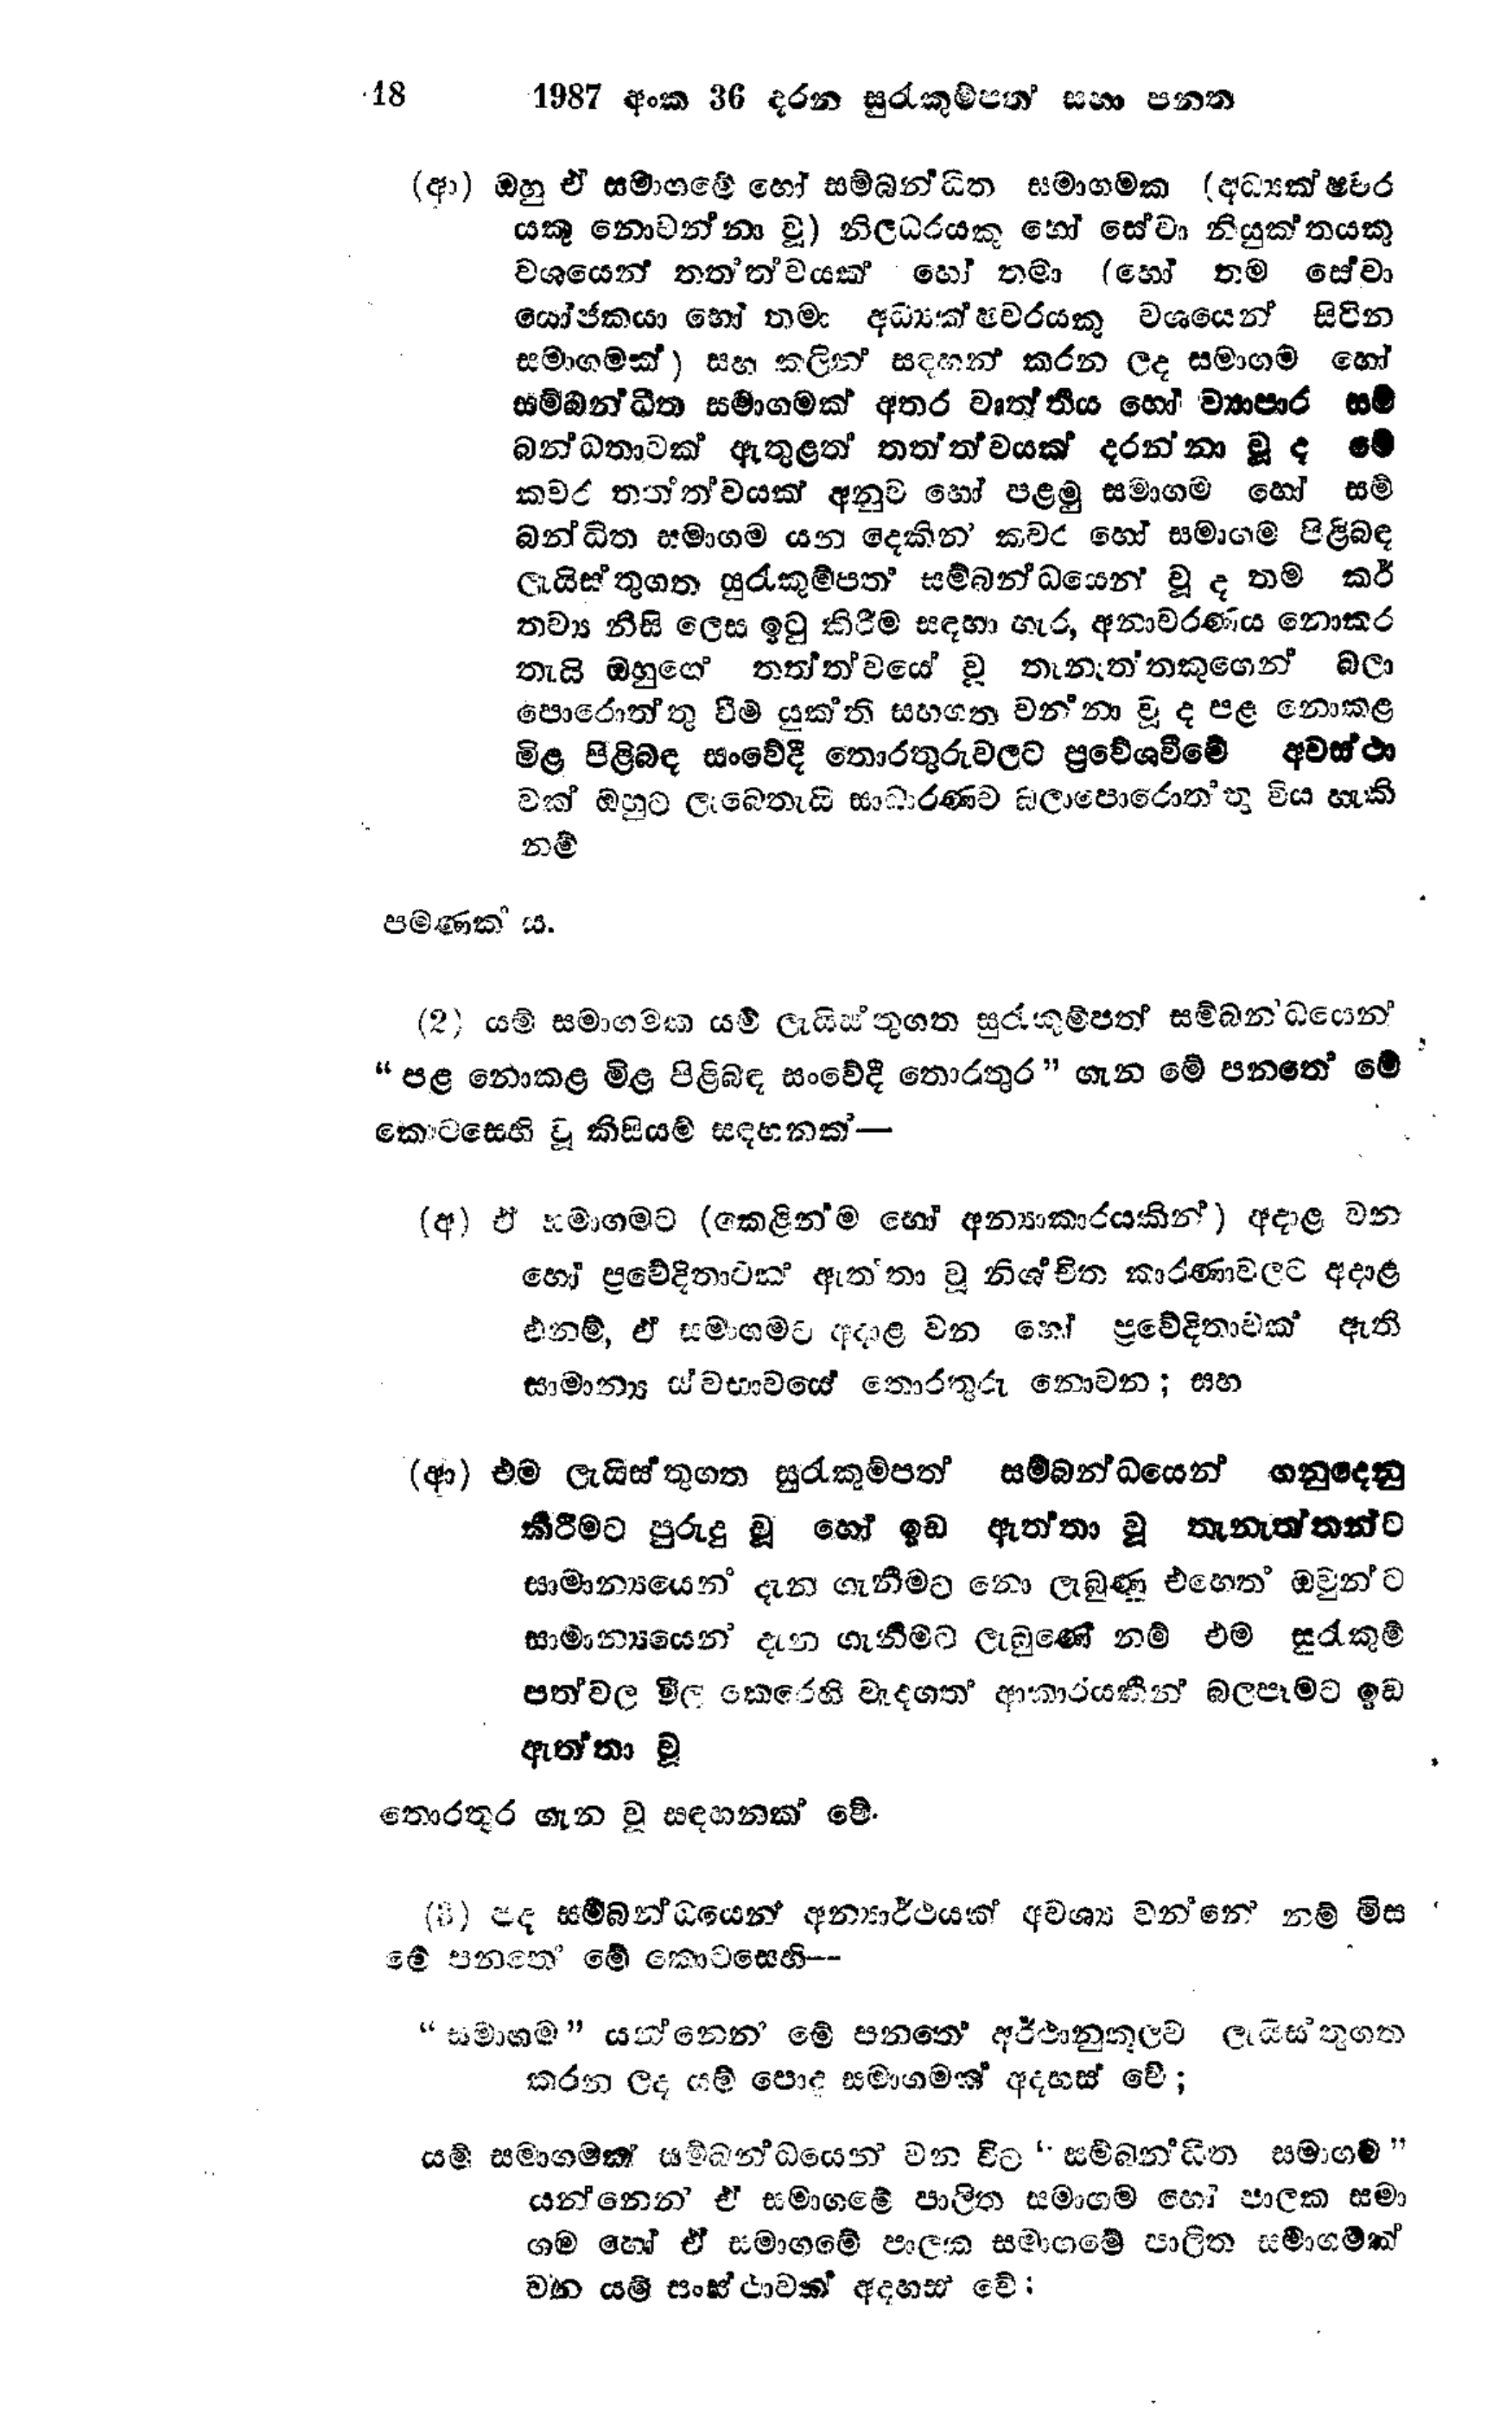
18 1987 අංක 36 දරන සුරැකුම්පත් සහ පනත

(ආ) ඔහු ඒ සමාගමේ හෝ සම්බන්ධිත සමාගමක (අධ්‍යක්ෂවර
යකු නොවන්නා වූ) නිලධරයකු හෝ සේවා නියුක්තයකු
වශයෙන් තත්ත්වයක හෝ තමා (හෝ තම සේවා
යෝජකයා හෝ තමා අධ්‍යක්ෂවරයකු වශයෙන් සිටින
සමාගමක්) සහ කලින් සඳහන් කරන ලද සමාගම හෝ
සම්බන්ධිත සමාගමක් අතර වෘත්තිය හෝ ව්‍යාපාර සම්
බන්ධතාවක් ඇතුළත් තත්ත්වයක් දරන්නා වුද මේ
කවර තත්ත්වයක් අනුව හෝ පළමු සමාගම හෝ සම්
බන්ධිත සමාගම යන දෙකින් කවර හෝ සමාගම පිළිබඳ
ලැයිස්තුගත සුරැකුම්පත් සම්බන්ධයෙන් වූ ද තම කර්
තව්‍ය නිසි ලෙස ඉටු කිරීම සඳහා හැර, අනාවරණය නොකර
තැයි ඔහුගේ තත්ත්වයේ වූ තැනැත්තකුගෙන් බලා
පොරොත්තු වීම් යුක්ති සහගත වන්නා වූ ද පළ නොකළ
මිළ පිළිබඳ සංවේදී තොරතුරු වලට ප්‍රවේශවීමේ අවස්ථා
වක් ඔහුට ලැබෙතැයි සාධාරණව බලාපොරොත්තු විය හැකි
නම්

පමණක ය.

(2) යම් සමාගමක යම් ලැයිස්තුගත සුරැකුම්පත් සම්බන්ධයෙන්
“පළ නොකළ මිළ පිළිබඳ සංවේදී තොරතුර " ගැන මේ පනතේ මේ
කොටසෙහි වූ කිසියම් සඳහනක් -

(අ) ඒ සමාගමට (කෙළින්ම හෝ අන්‍යාකාරයකින්) අදාළ වන
හෝ ප්‍රවේදිතාවක් ඇත්තා වූ නිශ්චිත කාරණාවලට අදාළ
එනම්, ඒ සමාගමට අදාළ වන හෝ ප්‍රවේදිතාවක් ඇති
සාමාන්‍ය ස්වභාවයේ තොරතුරු නොවන; සහ

(ආ) එම ලැයිස්තුගත සුරැකුම්පත් සම්බන්ධයෙන් ගනුදෙනු
කිරීමට පුරුදු වූ හෝ ඉඩ ඇත්තා වූ තැනැත්තන්ට
සාමාන්‍යයෙන් දැන ගැනීමට නො ලැබුණු එහෙත් ඔවුන්ට
සාමාන්‍යයෙන් දැන ගැනීමට ලැබුණේ නම් එම සුරැකුම්
පත්වල මිල කෙරෙහි වැදගත් ආකාරයකින් බලපෑමට ඉඩ
ඇත්තා වූ

තොරතුර ගැන වූ සඳහනක් වේ.

(3) පද සම්බන්ධයෙන් අන්‍යාර්ථයක් අවශ්‍ය වන්නේ නම් මිස
මේ පනතේ මේ කොටසෙහි --

"සමාගම " යන්නෙන් මේ පනතේ අර්ථානුකූලව ලැයිස්තුගත
කරන ලද යම් පොදු සමාගමක් අදහස් වේ;

යම් සමාගමක් සම්බන්ධයෙන් වන විට "සම්බන්ධිත සමාගම"
යන්නෙන් ඒ සමාගමේ පාලිත සමාගම හෝ පාලක සමා
ගම හෝ ඒ සමාගමේ පාලක සමාගමේ පාලිත සමාගමක්
වන යම් සංස්ථාවක් අදහස වේ: